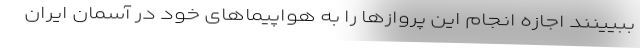
ببیینند اجازه انجام این پروازها را به هواپیماهای خود در آسمان ایران